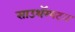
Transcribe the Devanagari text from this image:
साउथॅम्पटन